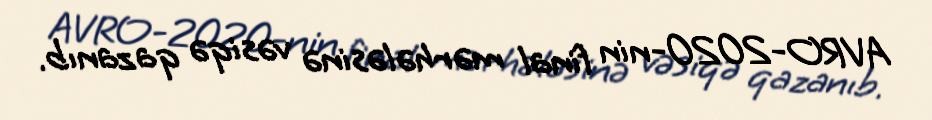
AVRO-2020-nin final mərhələsinə vəsiqə qazanıb.